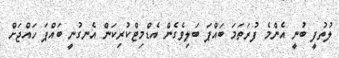
ލުތުފީ ބުނީ އެންމެ ފުރަތަމަ ބައްޕަ ބަލިވެގެން އެޑްމިޓްކުރިކަން އެނގުނީ ބައްޕަ ހައްޖަށް